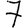
Digit: 7